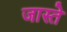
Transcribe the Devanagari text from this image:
जास्ते